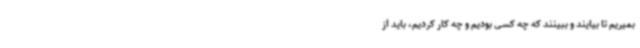
بمیریم تا بیایند و ببینند که چه کسی بودیم و چه کار کردیم، باید از